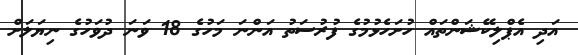
އަދި އެޕްލިކޭޝަންތައް ހުށަހެޅުމުގެ ފުރުސަތު އަންނަ މަހުގެ 18 ވަނަ ދުވަހުގެ ނިޔަލަށް